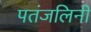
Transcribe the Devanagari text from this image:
पतंजलिनी